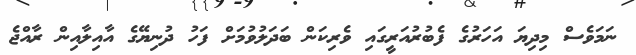
ނަމަވެސް މިދިޔަ އަހަރުގެ ފެބުރުއަރީގައި ވެރިކަން ބަދަލުވުމަށް ފަހު ދުނިޔޭގެ އާއިލާއިން ރާއްޖެ